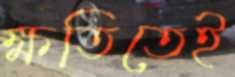
ক্ষতিতেই